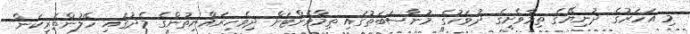
މި އަހަރުގެ ދުނިޔޭގެ ތިމާވެށީގެ ދުވަހުގެ މުނާސަބަތުގައި ތިމާވެށްޓަށް ދިވެހިރައްޔިތުންގެ މެދުގައި ހޭލުންތެރިކަން